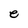
Character: e